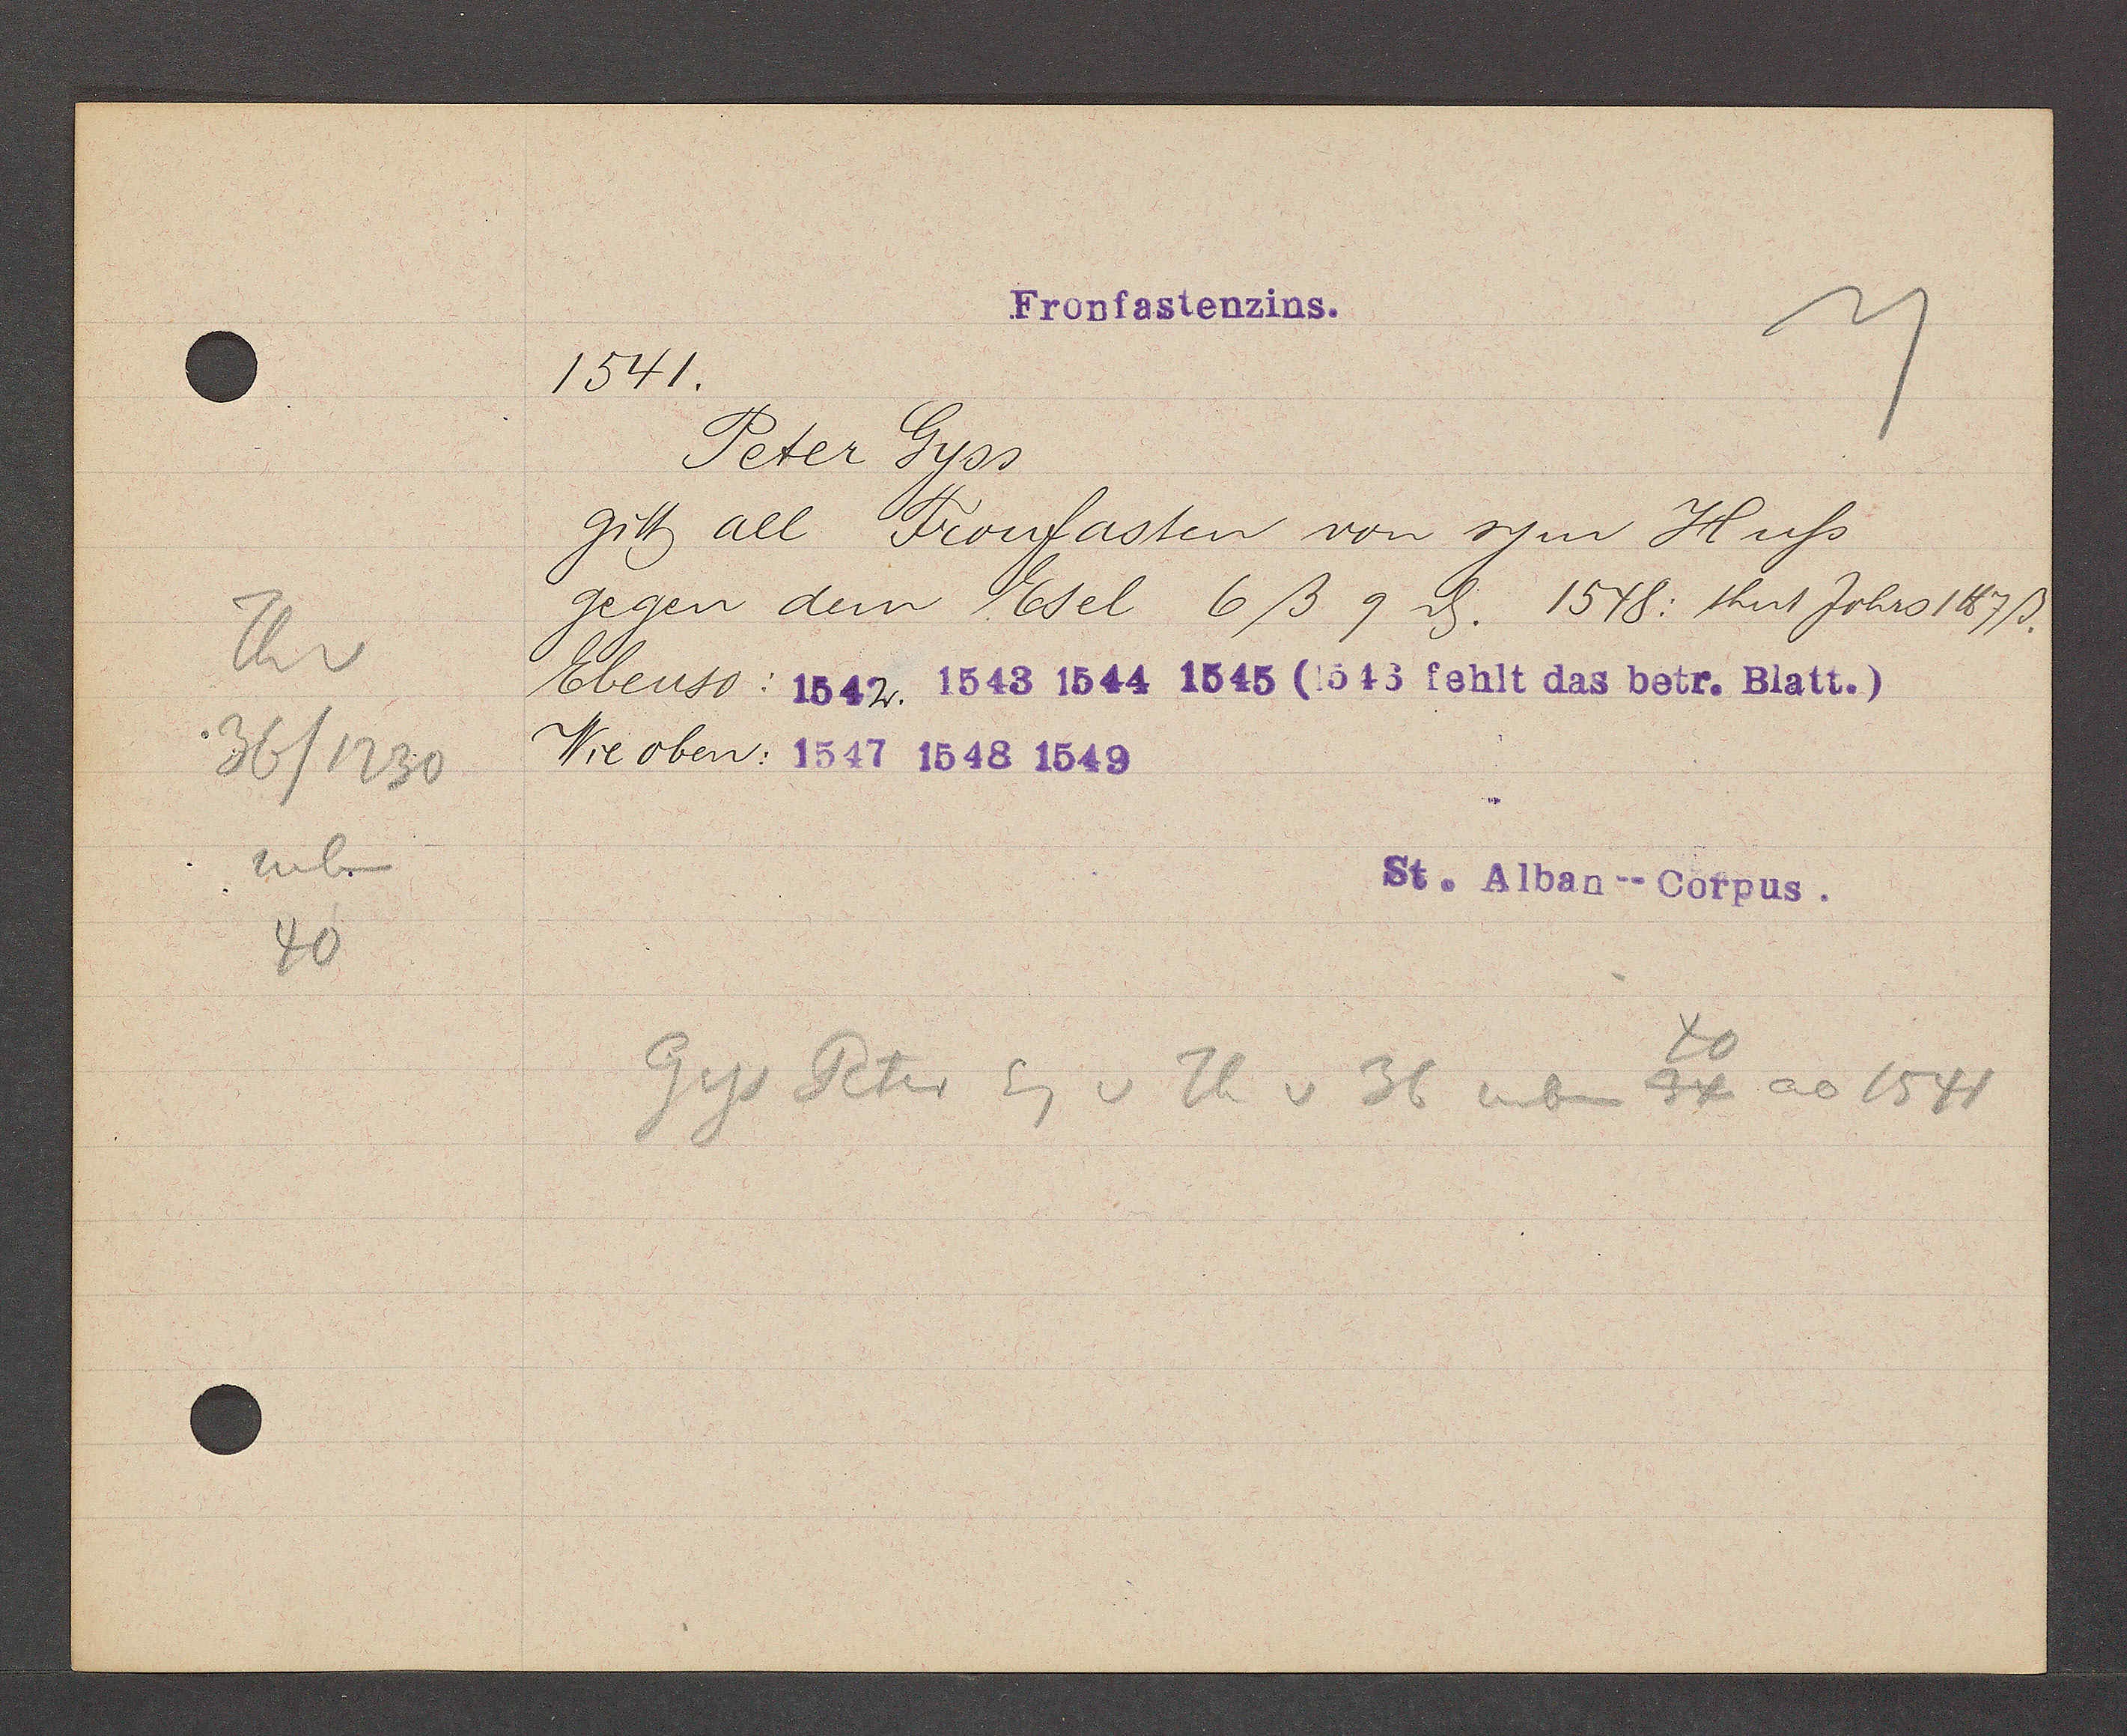
Transcript:
Th v
36/1230
neben
40

Fronfastenzins.

1541.
Peter Gyss.
gitt all Fronfasten von sym Huss
gegen dem Esel 6ß 9ȡ. 1548: thut Johro 1℔ 7ß.
Ebenso: 1542. 1543 1544 1545 (1546 fehlt das betr. Blatt.)
Wie oben: 1547 1548 1649

St Alban-Corpus.

Gys Peter Eg v Th v 36 neben 34 ao 1541
40